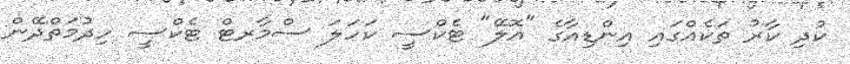
ކުދި ކާރު ތަކެއްގައި އިންޑިއާގެ "އޮލޭ" ޓެކްސީ ކަހަލަ ސްމާރޓް ޓެކްސީ ހިދުމަތްދޭން